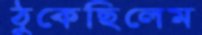
ঠুকেছিলেম